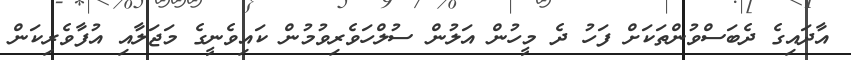
އާދައިގެ ދެބަސްވުންތަކަށް ފަހު ދެ މީހުން އަލުން ސުލްހަވެރިވުމުން ކައިވެނީގެ މަޖަލާއި އުފާވެރިކަން